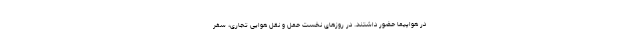
در هواپیما حضور داشتند. در روزهای نخست حمل و نقل هوایی تجاری، سفر